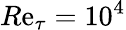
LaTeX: R\mathrm{e}_{\tau}=10^{4}